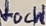
Text: VocH